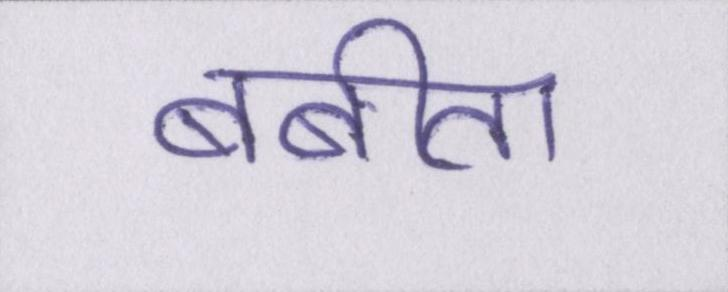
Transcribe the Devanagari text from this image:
बबीता